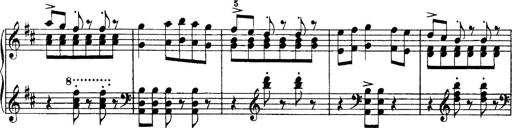
Title: Sonatina No.6
Composer: Ferruccio Busoni